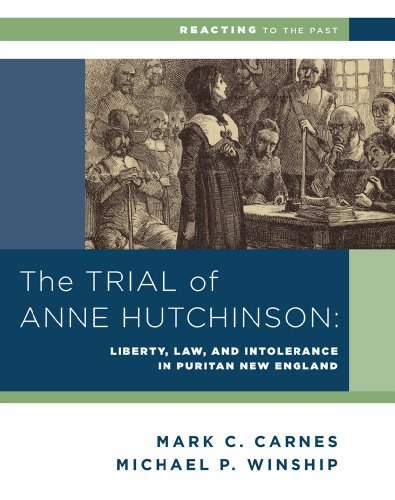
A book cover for The Trial of Anne Hutchinson: Liberty, Law, and Intolerance in Puritan New England (Reacting to the Past); Michael P. Winship; History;